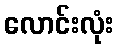
လောင်းလုံး